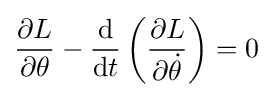
{\frac {\partial L}{\partial \theta }}-{\frac {\mathrm {d} }{\mathrm {d} t}}\left({\frac {\partial L}{\partial {\dot {\theta }}}}\right)=0